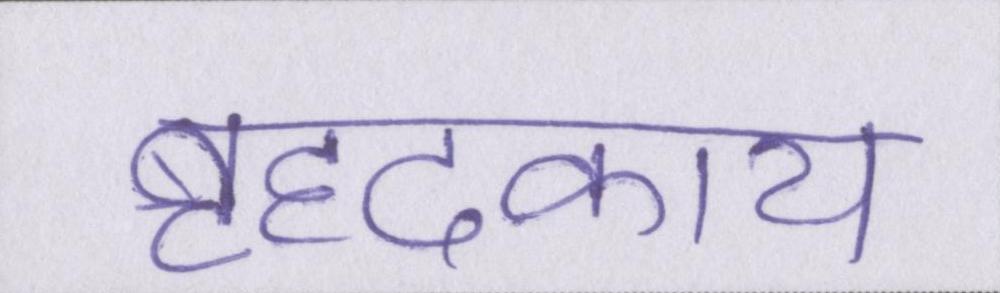
बृहदकाय